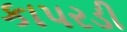
કાપરડી